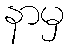
နာမှ